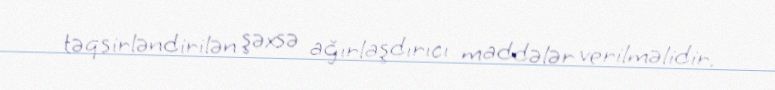
təqsirləndirilən şəxsə ağırlaşdırıcı maddələr verilməlidir.